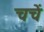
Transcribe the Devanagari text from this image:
चचें